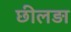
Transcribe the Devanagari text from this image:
छीलड़ा